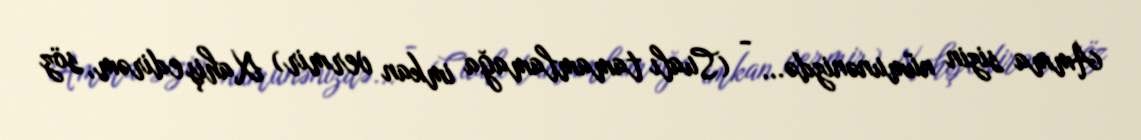
Amma sizin nümunənizdə... - (Sualı tamamlamağa imkan vermir) Xahiş edirəm, söz